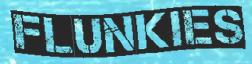
FLUNKIES